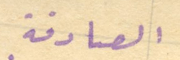
الصادقة